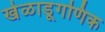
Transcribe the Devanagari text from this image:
खेळाडूगणिक